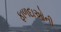
ફાળદાઓની